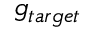
g _ { t a r g e t }